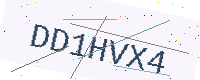
Text: DD1HVX4